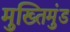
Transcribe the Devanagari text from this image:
मुख्तिमुंड